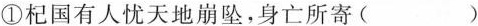
①杞国有人忧天地崩坠，身亡所寄()